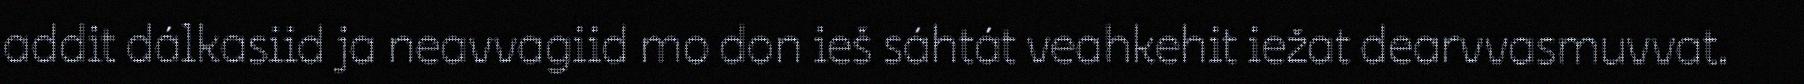
addit dálkasiid ja neavvagiid mo don ieš sáhtát veahkehit iežat dearvvasmuvvat.